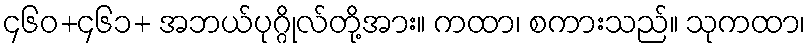
၄၆၀+၄၆၁+ အဘယ်ပုဂ္ဂိုလ်တို့အား။ ကထာ၊ စကားသည်။ သုကထာ၊